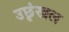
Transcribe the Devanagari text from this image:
उछृंखल